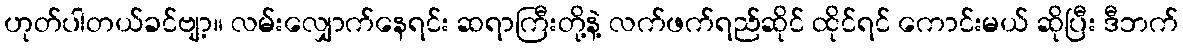
ဟုတ်ပါတယ်ခင်ဗျာ့။ လမ်းလျှောက်နေရင်း ဆရာကြီးတို့နဲ့ လက်ဖက်ရည်ဆိုင် ထိုင်ရင် ကောင်းမယ် ဆိုပြီး ဒီဘက်